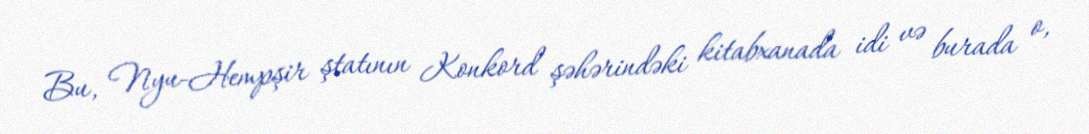
Bu, Nyu-Hempşir ştatının Konkord şəhərindəki kitabxanada idi və burada o,